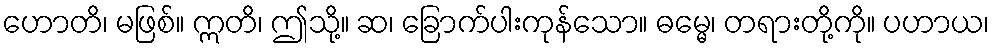
ဟောတိ၊ မဖြစ်။ ဣတိ၊ ဤသို့။ ဆ၊ ခြောက်ပါးကုန်သော။ ဓမ္မေ၊ တရားတို့ကို။ ပဟာယ၊